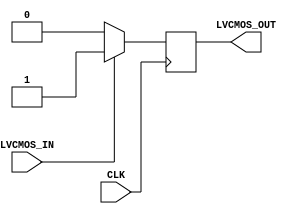
module lvcmos_buffer (
    input wire LVCMOS_IN,
    input wire CLK,
    output reg LVCMOS_OUT
);

always @(posedge CLK) begin
    // LVCMOS input buffer
    if (LVCMOS_IN) begin
        LVCMOS_OUT <= 1'b1;
    end else begin
        LVCMOS_OUT <= 1'b0;
    end
end

endmodule